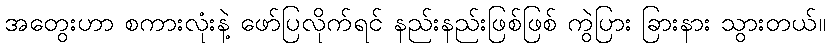
အတွေးဟာ စကားလုံးနဲ့ ဖော်ပြလိုက်ရင် နည်းနည်းဖြစ်ဖြစ် ကွဲပြား ခြားနား သွားတယ်။